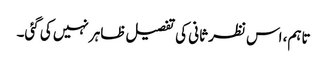
تاہم، اس نظر ثانی کی تفصیل ظاہر نہیں کی گئی۔